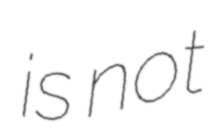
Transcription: is not